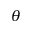
\theta